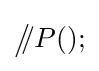
{\big /}\!\!/P();